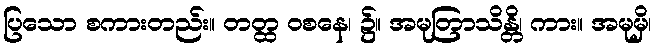
ပြသော စကားတည်း။ တတ္ထ ဝစနေ၊ ၌။ အမုတြာသိန္တိ၊ ကား။ အမုမှိ၊